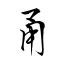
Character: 甬